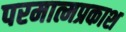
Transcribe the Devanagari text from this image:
परमात्मप्रकाश